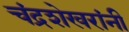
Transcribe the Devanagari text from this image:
चंद्रशेखरांनी